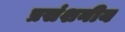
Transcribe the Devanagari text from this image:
प्रसंशनीय